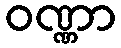
ဝဏ္ဏာ